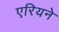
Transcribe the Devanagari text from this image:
एरियने